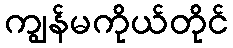
ကျွန်မကိုယ်တိုင်